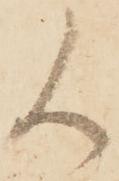
候